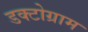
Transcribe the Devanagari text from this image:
डक्टोग्राम